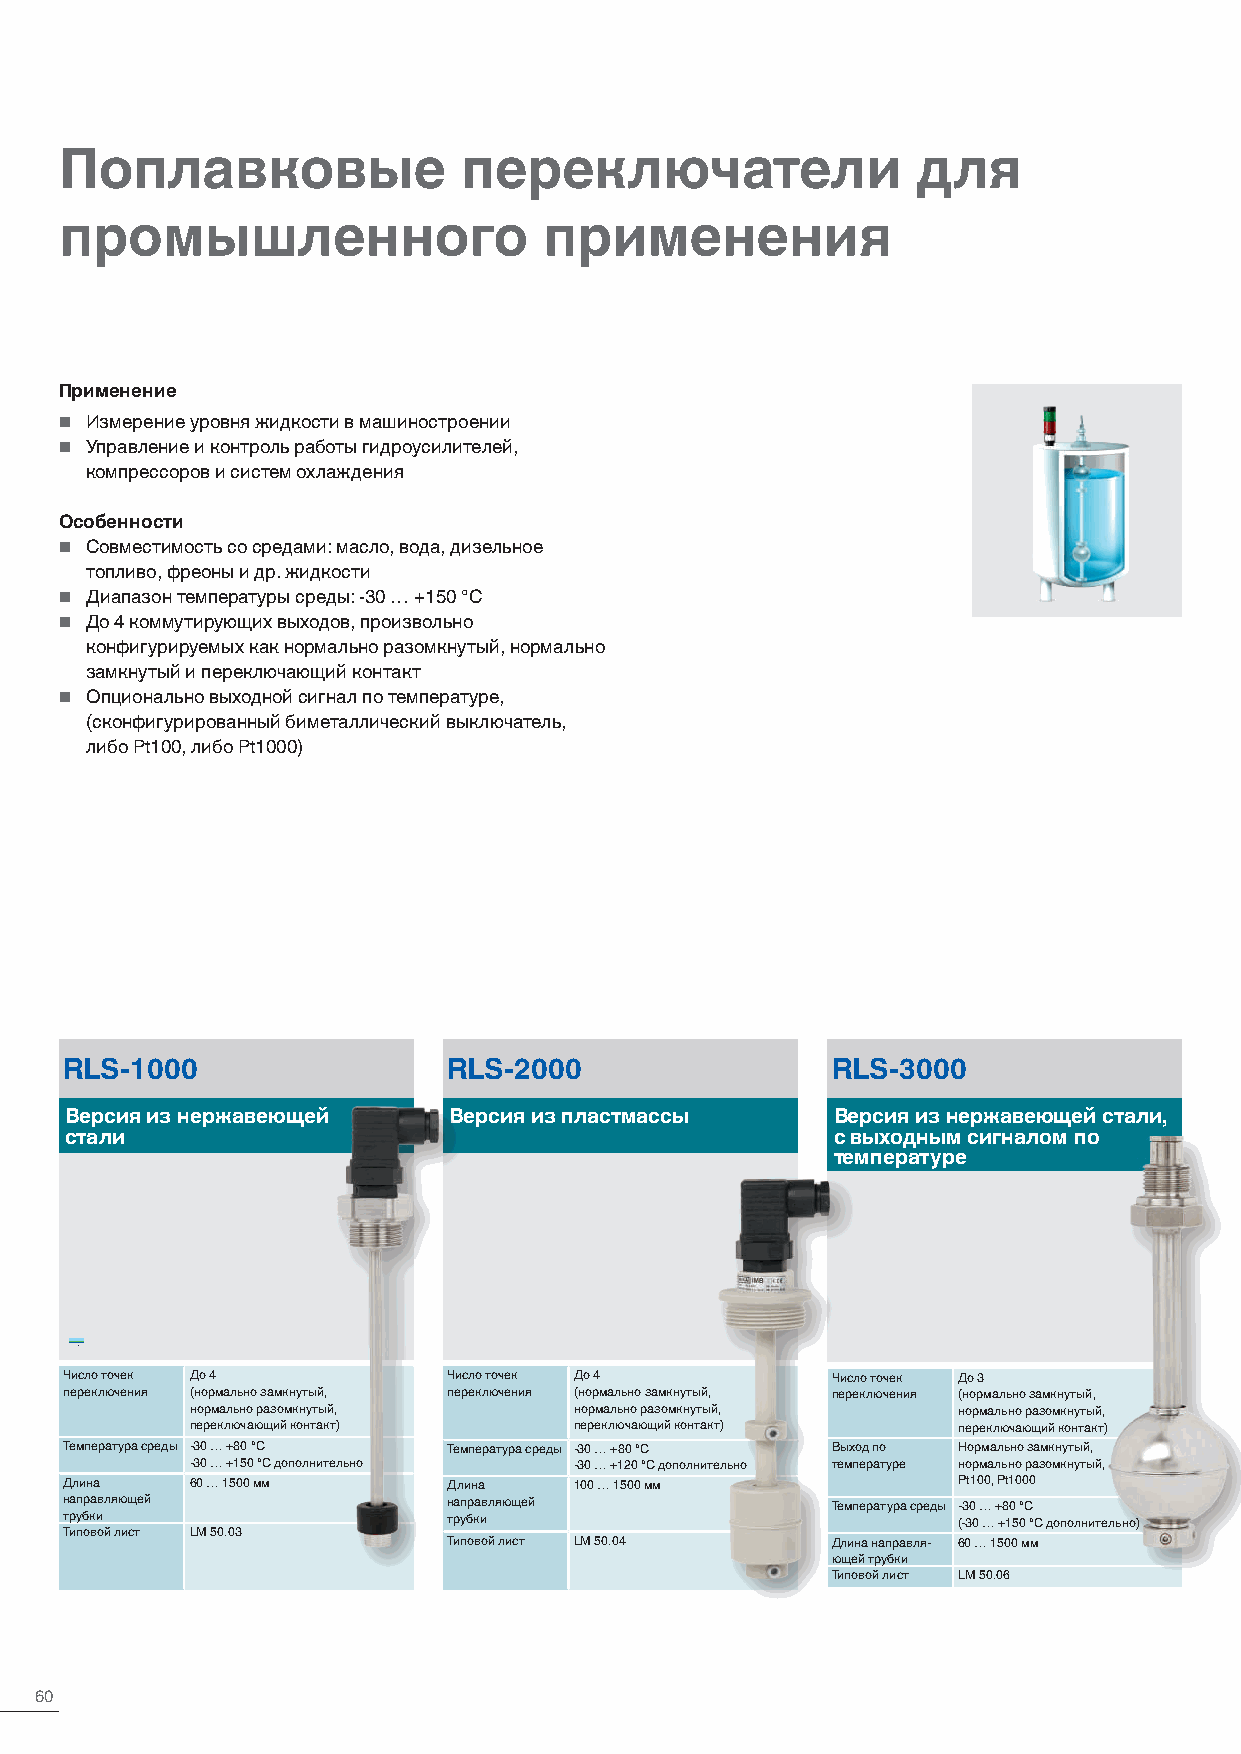
Поплавковые               переключатели                  для
 промышленного                   применения
 Применение
  Измерение уровня жидкости в машиностроении
  Управление и контроль работы гидроусилителей,
 компрессоров и систем охлаждения
 Особенности
  Совместимость со средами: масло, вода, дизельное
 топливо, фреоны и др. жидкости
  Диапазон температуры среды: -30 … +150 °C
  До 4 коммутирующих выходов, произвольно
 конфигурируемых как нормально разомкнутый, нормально
 замкнутый и переключающий контакт
  Опционально выходной сигнал по температуре,
 (сконфигурированный биметаллический выключатель,
 либо Pt100, либо Pt1000)
 RLS-1000                  RLS-2000                 RLS-3000
 Версия из нержавеющей     Версия из пластмассы     Версия из нержавеющей стали,
 стали                                              с выходным сигналом по
 температуре
 Число точек До 4          Число точек До 4         Число точек До 3
 переключения (нормально замкнутый, переключения (нормально замкнутый, переключения (нормально замкнутый,
 нормально разомкнутый,   нормально разомкнутый,   нормально разомкнутый,
 переключающий контакт)   переключающий контакт)   переключающий контакт)
 Температура среды -30 … +80 °C Температура среды -30 … +80 °C Выход по Нормально замкнутый,
 -30 … +150 °C дополнительно -30 … +120 °C дополнительно температуре нормально разомкнутый,
 Длина    60 … 1500 мм     Длина   100 … 1500 мм            Pt100, Pt1000
 направляющей              направляющей             Температура среды -30 … +80 °C
 трубки                    трубки                           (-30 … +150 °C дополнительно)
 Типовой лист LM 50.03
 Типовой лист LM 50.04    Длина направля- 60 … 1500 мм
 ющей трубки
 Типовой лист LM 50.06
 60